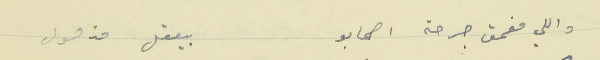
واللي مغمق جرحة اصحابو                   بيعقل مذهول